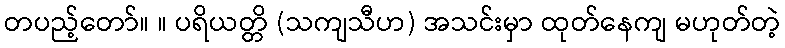
တပည့်တော်။ ။ ပရိယတ္တိ (သကျသီဟ) အသင်းမှာ ထုတ်နေကျ မဟုတ်တဲ့